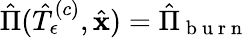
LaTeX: \hat{\Pi}(\hat{T}_{\epsilon}^{\left(c\right)},\hat{\mathbf{x}})=\hat{\Pi}_{\mathrm{~b~u~r~n~}}